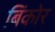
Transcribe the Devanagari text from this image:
बिंकोर